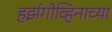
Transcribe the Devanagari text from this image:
हर्झगोव्हिनाच्या